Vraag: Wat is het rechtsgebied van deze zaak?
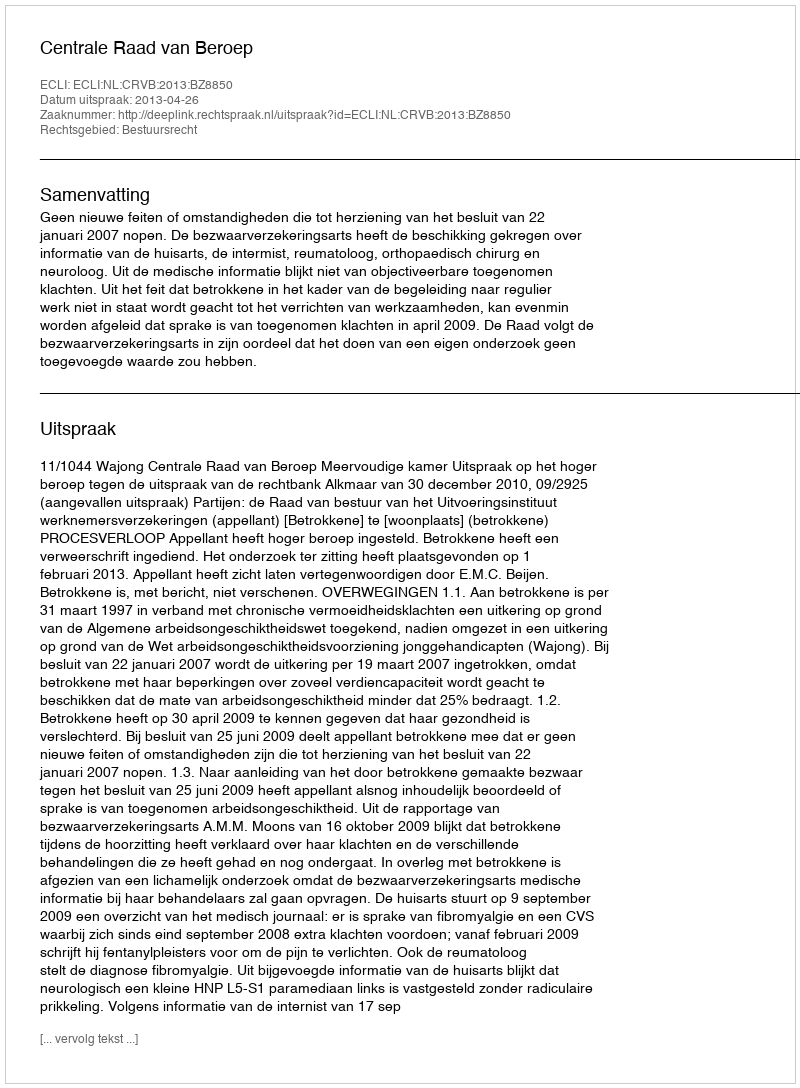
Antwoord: Bestuursrecht